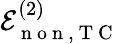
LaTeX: \mathcal{E}_{\mathrm{~n~o~n~},\mathrm{~T~C~}}^{(2)}